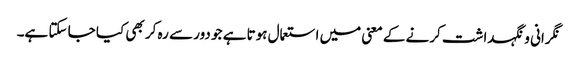
نگرانی و نگہداشت کرنے کے معنی میں استعمال ہوتا ہے جو دور سے رہ کر بھی کیا جا سکتا ہے۔